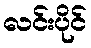
လင်းပိုင်